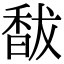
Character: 馛